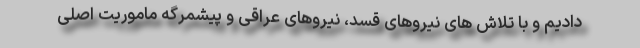
دادیم و با تلاش های نیروهای قسد، نیروهای عراقی و پیشمرگه ماموریت اصلی